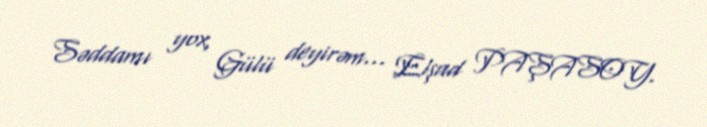
Səddamı yox, Gülü deyirəm... Elşad PAŞASOY.